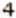
4